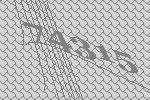
74315